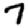
Digit: 7